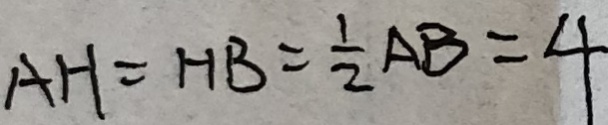
A H = H B = \frac { 1 } { 2 } A B = 4